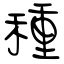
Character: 種